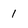
Character: 1